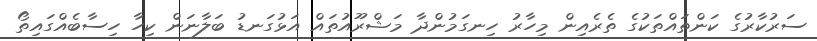
ސަރުކާރުގެ ކަންތައްތަކުގެ ތެެރެއިން މިހާރު ހިނގަމުންދާ މަޝްރޫއުތައް އަޅުގަނޑު ބަލާނަން ކިހާ ހިސާބެއްގައިތޯ